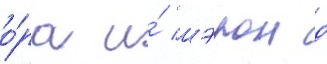
о́ра и́ шэрон д